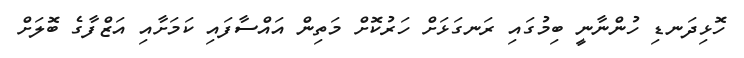
ހޮޅިދަނޑި ހުންނާނީ ބިމުގައި ރަނގަޅަށް ހަރުކޮށް މަތިން އައްސާފައި ކަމަށާއި އަޒްފާގެ ބޮލަށް